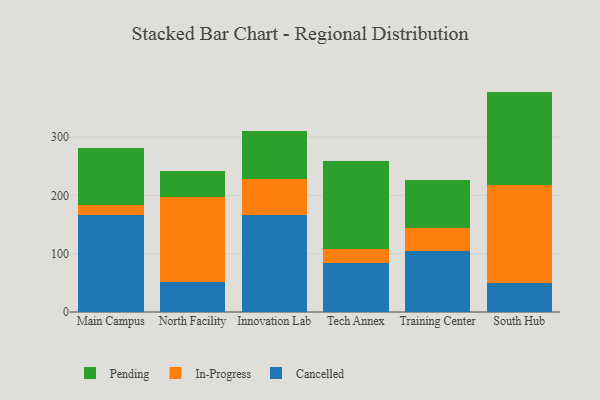
{"axis": {"x": "Campus", "y": "Churn Rate (%)"}, "legend": ["Cancelled", "In-Progress", "Pending"], "data": [{"x": "Main Campus", "y": 166.7, "type": "Cancelled"}, {"x": "Main Campus", "y": 16.7, "type": "In-Progress"}, {"x": "Main Campus", "y": 97.8, "type": "Pending"}, {"x": "North Facility", "y": 51.8, "type": "Cancelled"}, {"x": "North Facility", "y": 145.1, "type": "In-Progress"}, {"x": "North Facility", "y": 44.7, "type": "Pending"}, {"x": "Innovation Lab", "y": 166.7, "type": "Cancelled"}, {"x": "Innovation Lab", "y": 61.2, "type": "In-Progress"}, {"x": "Innovation Lab", "y": 82.9, "type": "Pending"}, {"x": "Tech Annex", "y": 84.0, "type": "Cancelled"}, {"x": "Tech Annex", "y": 24.6, "type": "In-Progress"}, {"x": "Tech Annex", "y": 150.1, "type": "Pending"}, {"x": "Training Center", "y": 105.3, "type": "Cancelled"}, {"x": "Training Center", "y": 38.0, "type": "In-Progress"}, {"x": "Training Center", "y": 83.5, "type": "Pending"}, {"x": "South Hub", "y": 49.7, "type": "Cancelled"}, {"x": "South Hub", "y": 167.4, "type": "In-Progress"}, {"x": "South Hub", "y": 160.7, "type": "Pending"}]}